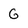
Character: 6